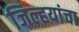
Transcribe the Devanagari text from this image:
जिल्हयांचा